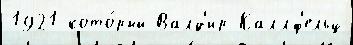
1921 кото́рый Валд'ир Каллф'ельц